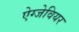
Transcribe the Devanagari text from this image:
ऐग्जेवियर